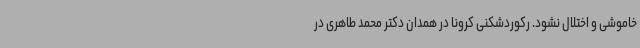
خاموشی و اختلال نشود. رکوردشکنی کرونا در همدان دکتر محمد طاهری در